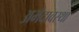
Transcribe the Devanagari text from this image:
अभेदावस्था